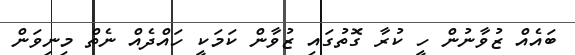
ބައެއް ޒުވާނުން ހީ ކުރާ ގޮތުގައި ޒުވާން ކަމަކީ ހައްދެއް ނެތް މިނިވަން